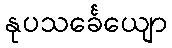
နုပသင်္ခေယျော